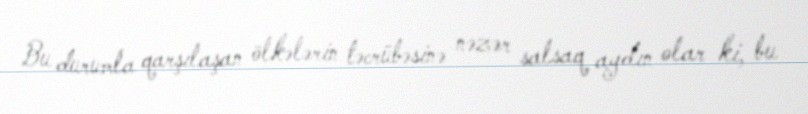
Bu durumla qarşılaşan ölkələrin təcrübəsinə nəzər salsaq aydın olar ki, bu